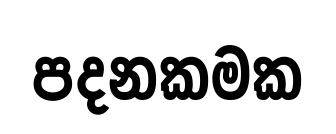
පදනකමක